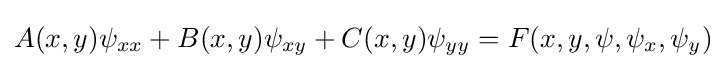
A(x,y)\psi _{xx}+B(x,y)\psi _{xy}+C(x,y)\psi _{yy}=F(x,y,\psi ,\psi _{x},\psi _{y})